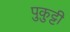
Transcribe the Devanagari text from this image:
पुकुट्टी